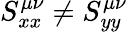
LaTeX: S_{xx}^{\mu\nu}\neq S_{yy}^{\mu\nu}